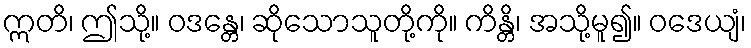
ဣတိ၊ ဤသို့။ ဝဒန္တေ၊ ဆိုသောသူတို့ကို။ ကိန္တိ၊ အသို့မူ၍။ ဝဒေယျံ၊